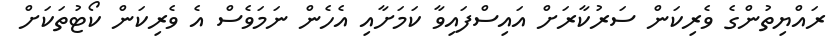
ރައްޔިތުންގެ ވެރިކަން ސަރުކާރަށް އައިސްފައިވާ ކަމަށާއި އެހެން ނަމަވެސް އެ ވެރިކަން ކޯޓުތަކަށް